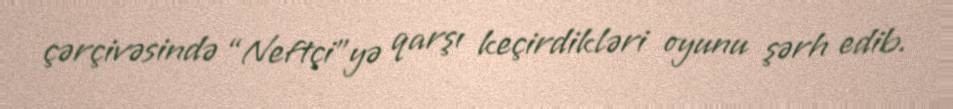
çərçivəsində “Neftçi”yə qarşı keçirdikləri oyunu şərh edib.